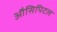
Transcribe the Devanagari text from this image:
औसिपिटल